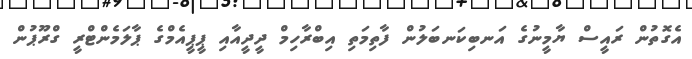
އެގޮތުން ރައީސް ޔާމީނުގެ އަނބިކަނބަލުން ފާތިމަތި އިބްރާހިމް ދީދީއާއި ޕީޕީއެމްގެ ޕާލަމެންޓްރީ ގްރޫޕުން